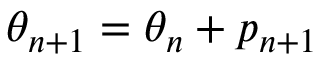
\theta _ { n + 1 } = \theta _ { n } + p _ { n + 1 }